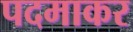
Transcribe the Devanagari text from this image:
पदमाकर